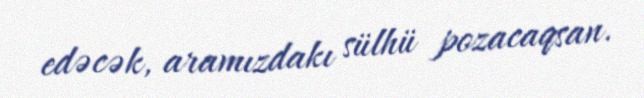
edəcək, aramızdakı sülhü pozacaqsan.